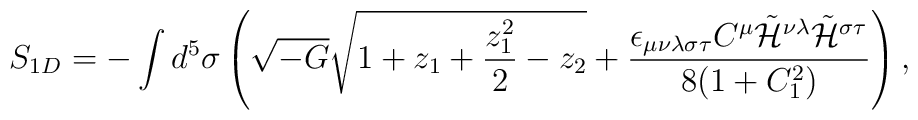
S_{1D}= - \int d^5 \sigma \left(\sqrt{-G}\sqrt{1+z_1+\frac{z_1^2}{2}-z_2}+\frac{\epsilon_{\mu\nu\lambda\sigma\tau}C^{\mu}\tilde{\cal H}^{\nu\lambda}\tilde{\cal H}^{\sigma\tau}}{8(1+C_1^2)}\right),